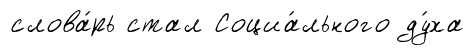
слова́рь стал Социа́льного ду́ха